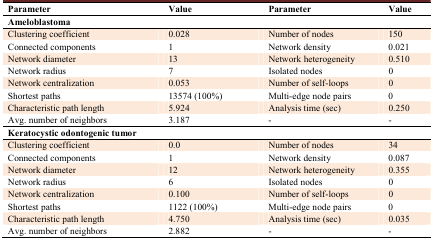
<table><thead><tr><td><b>Parameter</b></td><td><b>Value</b></td><td><b>Parameter</b></td><td><b>Value</b></td></tr></thead><tbody><tr><td colspan="4"><b>Ameloblastoma</b></td></tr><tr><td>Clustering coefficient</td><td>0.028</td><td>Number of nodes</td><td>150</td></tr><tr><td>Connected components</td><td>1</td><td>Network density</td><td>0.021</td></tr><tr><td>Network diameter</td><td>13</td><td>Network heterogeneity</td><td>0.510</td></tr><tr><td>Network radius</td><td>7</td><td>Isolated nodes</td><td>0</td></tr><tr><td>Network centralization</td><td>0.053</td><td>Number of self-loops</td><td>0</td></tr><tr><td>Shortest paths</td><td>13574 (100%)</td><td>Multi-edge node pairs</td><td>0</td></tr><tr><td>Characteristic path length</td><td>5.924</td><td>Analysis time (sec)</td><td>0.250</td></tr><tr><td>Avg. number of neighbors</td><td>3.187</td><td>-</td><td>-</td></tr><tr><td colspan="4"><b>Keratocystic odontogenic tumor</b></td></tr><tr><td>Clustering coefficient</td><td>0.0</td><td>Number of nodes</td><td>34</td></tr><tr><td>Connected components</td><td>1</td><td>Network density</td><td>0.087</td></tr><tr><td>Network diameter</td><td>12</td><td>Network heterogeneity</td><td>0.355</td></tr><tr><td>Network radius</td><td>6</td><td>Isolated nodes</td><td>0</td></tr><tr><td>Network centralization</td><td>0.100</td><td>Number of self-loops</td><td>0</td></tr><tr><td>Shortest paths</td><td>1122 (100%)</td><td>Multi-edge node pairs</td><td>0</td></tr><tr><td>Characteristic path length</td><td>4.750</td><td>Analysis time (sec)</td><td>0.035</td></tr><tr><td>Avg. number of neighbors</td><td>2.882</td><td>-</td><td>-</td></tr></tbody></table>